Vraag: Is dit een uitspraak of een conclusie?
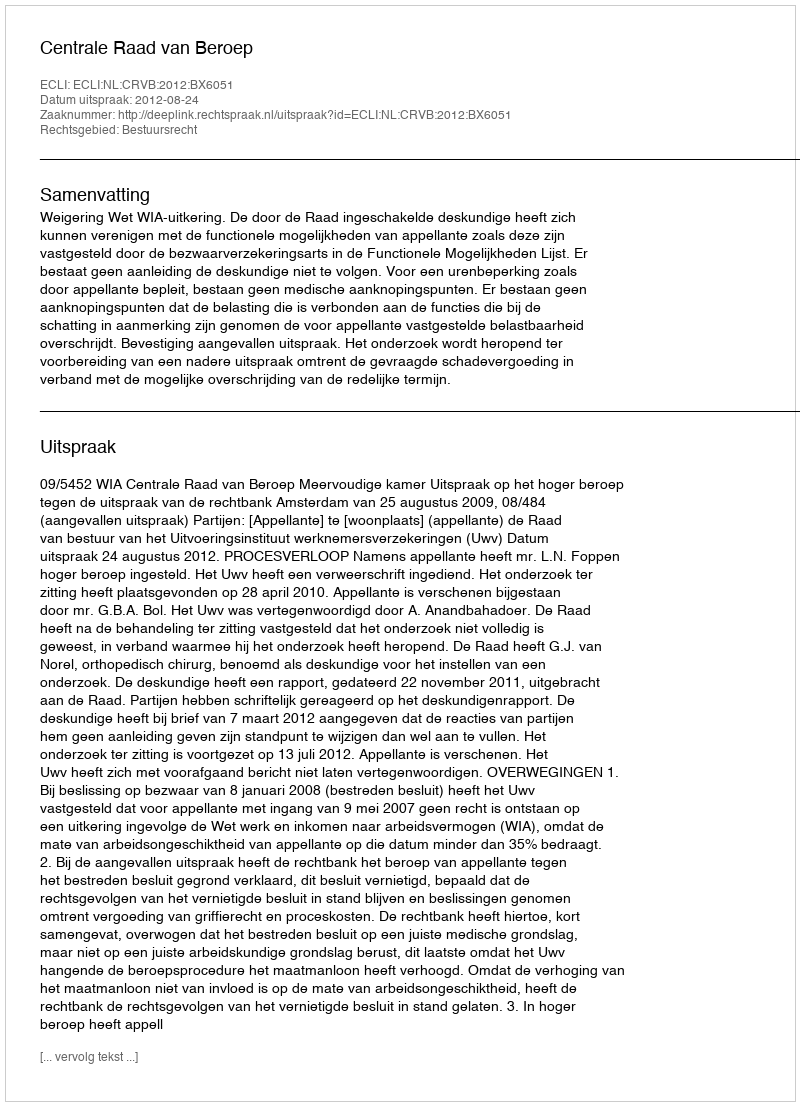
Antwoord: Uitspraak